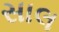
સાલ